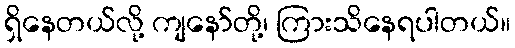
ရှိနေတယ်လို့ ကျနော်တို့၊ ကြားသိနေရပါတယ်။